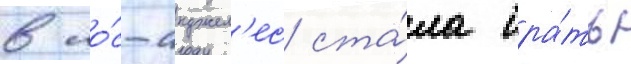
в ло́с-анджел'ес ста́ла бра́ть